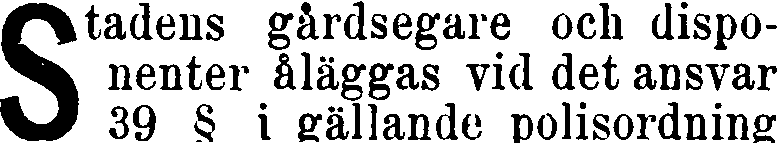
Stadens gårdsegare och dispo-